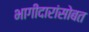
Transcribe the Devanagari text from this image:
भागीदारांसोबत